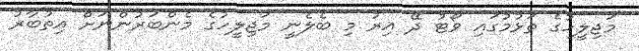
"މަޖިލީހުގެ ތަޅުމުގައި ވޯޓު ދޭ އިރު މި ބެލެނީ މަޖިލީހުގެ މެންބަރުންނަށް އިތުބާރު